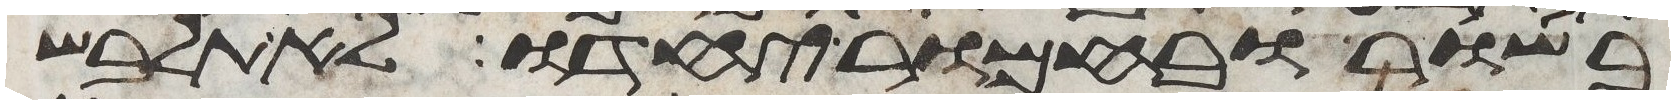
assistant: בשור ובחמור יחדו לא תלבש